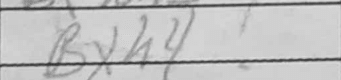
Transcription: Bxh4